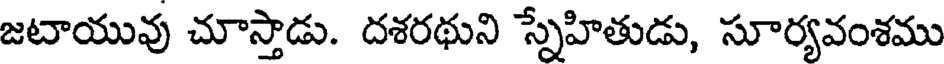
జటాయువు చూస్తాడు. దశరథుని స్నేహితుడు, సూర్యవంశము